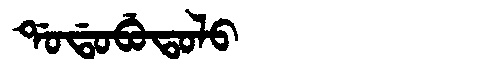
Manchu: ᡩᠣᡩᠣᠪᡠᡨᠣᠯᠣ
Romanization: DODOBUTOLO